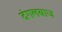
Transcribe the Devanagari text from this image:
दंगलबाज